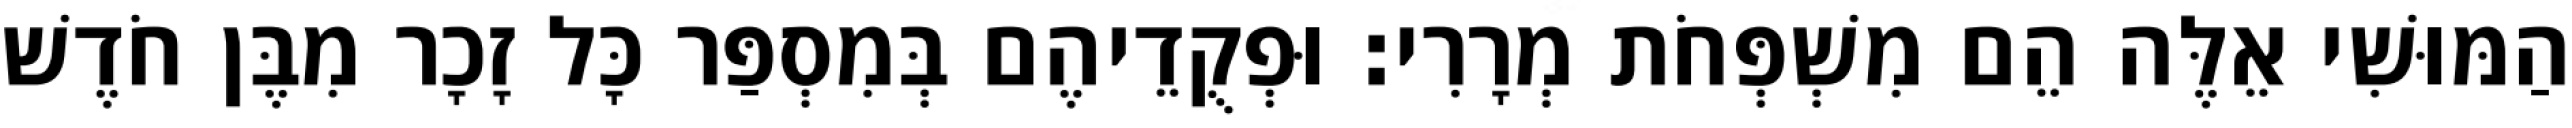
הַמּוּשִׁי אֵלֶּה הֵם מִשְׁפְּחֹת מְרָרִי׃ וּפְקֻדֵיהֶם בְּמִסְפַּר כָּל זָכָר מִבֶּן חֹדֶשׁ